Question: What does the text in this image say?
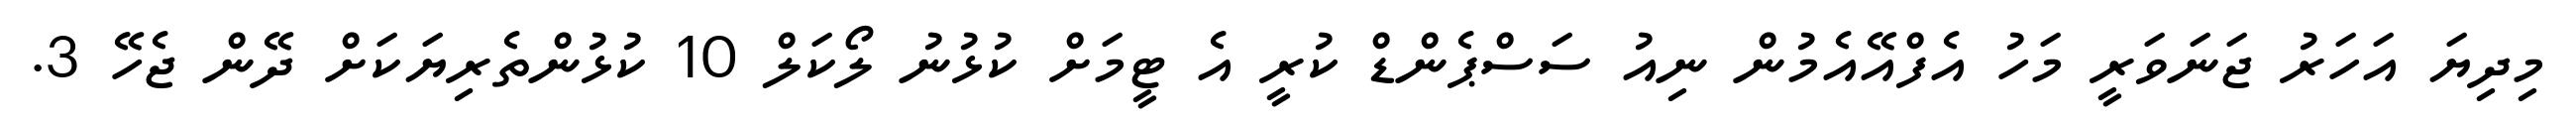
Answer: މިދިޔަ އަހަރު ޖަނަވަރީ މަހު އެފްއޭއެމުން ނިއު ސަސްޕެންޑް ކުރީ އެ ޓީމަށް ކުޅުނު ލޯކަލް 10 ކުޅުންތެރިޔަކަށް ދޭން ޖެހޭ 3.